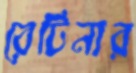
রেটিনার